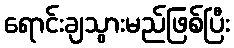
ရောင်းချသွားမည်ဖြစ်ပြီး